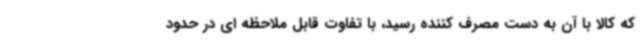
که کالا با آن به دست مصرف کننده رسید، با تفاوت قابل ملاحظه ای در حدود